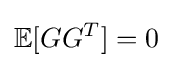
\mathbb {E} [GG^{T}]=0